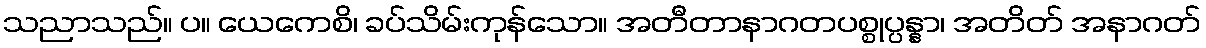
သညာသည်။ ပ။ ယေကေစိ၊ ခပ်သိမ်းကုန်သော။ အတီတာနာဂတပစ္စုပ္ပန္နာ၊ အတိတ် အနာဂတ်